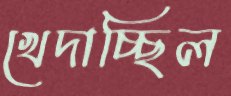
খেদাচ্ছিল